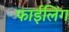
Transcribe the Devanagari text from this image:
फाईलिंग